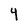
Character: Y